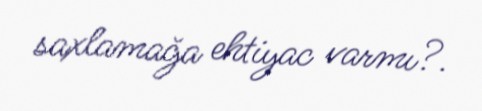
saxlamağa ehtiyac varmı?.